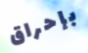
بإحراق